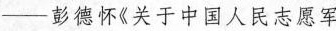
——-彭德怀《关于中国人民志愿军